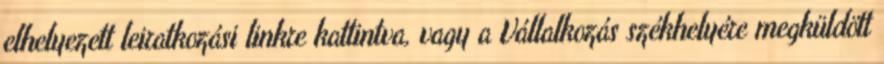
elhelyezett leiratkozási linkre kattintva, vagy a Vállalkozás székhelyére megküldött